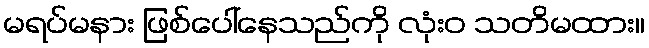
မရပ်မနား ဖြစ်ပေါ်နေသည်ကို လုံးဝ သတိမထား။